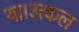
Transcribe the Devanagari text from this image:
था।उत्कल